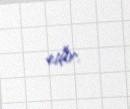
edir.